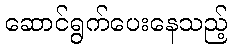
ဆောင်ရွက်ပေးနေသည့်